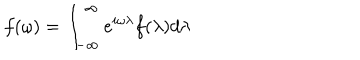
f ( \omega ) = \int _ { - \infty } ^ { \infty } e ^ { i \omega \lambda } f ( \lambda ) d \lambda